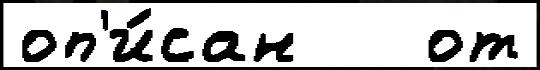
оп'и́сан   от